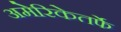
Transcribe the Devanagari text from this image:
अमेरिकेतर्फे